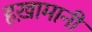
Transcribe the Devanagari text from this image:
हख़ामानी